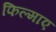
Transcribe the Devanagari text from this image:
फिल्‍माए